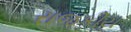
રાજકીય